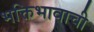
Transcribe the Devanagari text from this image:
भक्तिभावाची